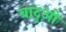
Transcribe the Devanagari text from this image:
बाटुओ